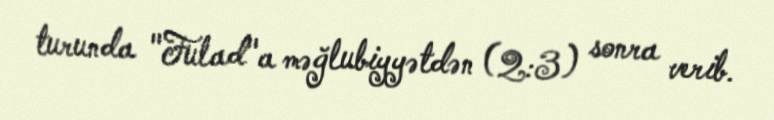
turunda "Fulad"a məğlubiyyətdən (2:3) sonra verib.